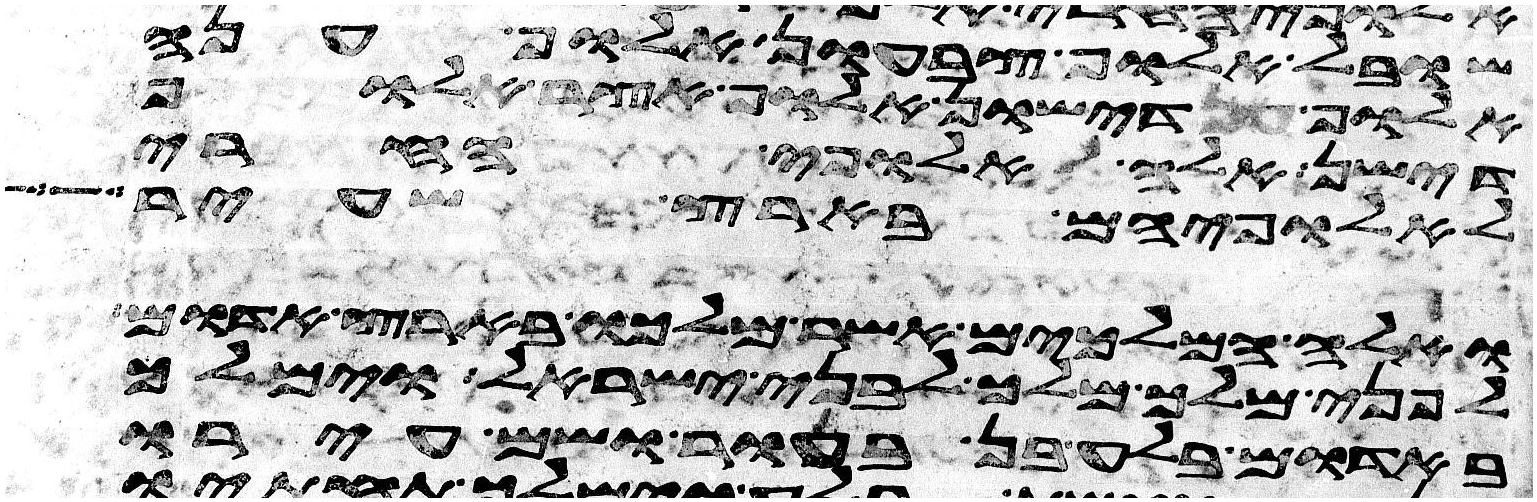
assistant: שובל אלוף צבעון אלוף ענה
אלוף דישון אלוף אצר אלוף
דישן אלה אלופי החרי
לאלופיהם בארץ שעיר
ואלה המלכים אשר מלכו בארץ אדום
לפני מלך מלך לבני ישראל וימלך
באדום בלע בן בעור ושם עירו